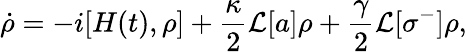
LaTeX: \dot{\rho}=-i[H(t),\rho]+\frac{\kappa}{2}\mathcal{L}[a]\rho+\frac{\gamma}{2}\mathcal{L}[\sigma^{-}]\rho,